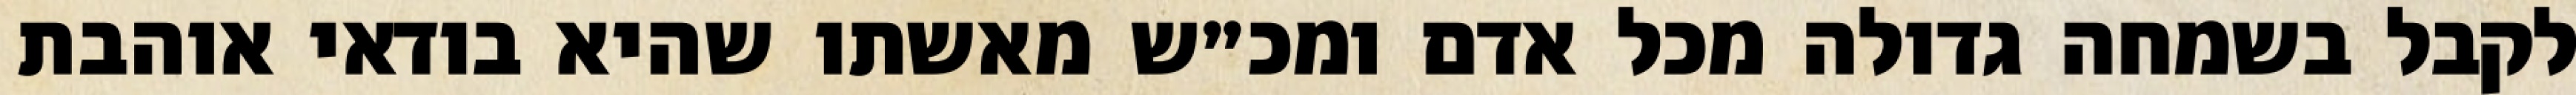
לקבל בשמחה גדולה מכל אדם ומכ״ש מאשתו שהיא בודאי אוהבת